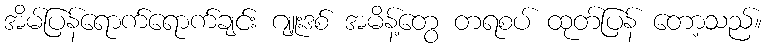
အိမ်ပြန်ရောက်ရောက်ချင်း ဂျူးဒစ် အမိန့်တွေ တရစပ် ထုတ်ပြန် တော့သည်။